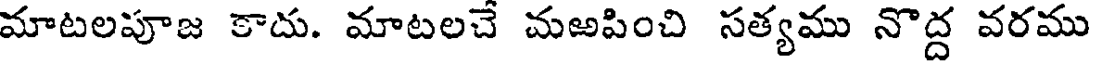
మాటలపూజ కాదు. మాటలచే మఱపించి సత్యము నొద్ద వరము